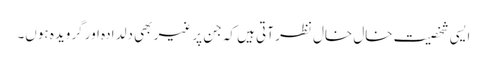
ایسی شخصیت خال خال نظر آتی ہیں کہ جن پر غیر بھی دلدادہ اور گرویدہ ہوں۔